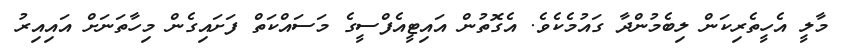
މާލީ އެހީތެރިކަން ލިބެމުންދާ ގައުމެކެވެ. އެގޮތުން އައިޓީއެފްސީގެ މަސައްކަތް ފަށައިގެން މިހާތަނަށް އައިއިރު